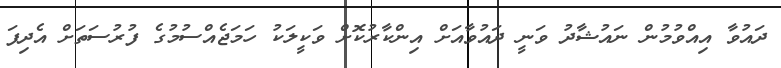
ދައުވާ އިއްވުމުން ނައުޝާދު ވަނީ ދައުވާއަށް އިންކާރުކޮށް ވަކީލަކު ހަމަޖެއްސުމުގެ ފުރުސަތަށް އެދިފަ